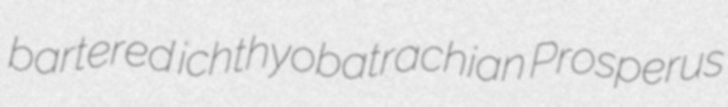
bartered ichthyobatrachian Prosperus